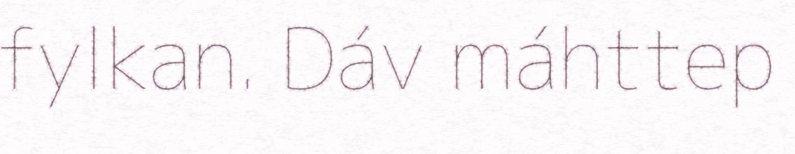
fylkan. Dáv máhttep